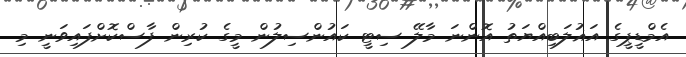
އެމްޑީޕީގެ އަޣުލަބިއްޔަތު އޮންނަ މާލޭ ސިޓީ ކައުންސިލުން މީގެ ކުރިން ފާސްކޮށްފައިވަނީ މި